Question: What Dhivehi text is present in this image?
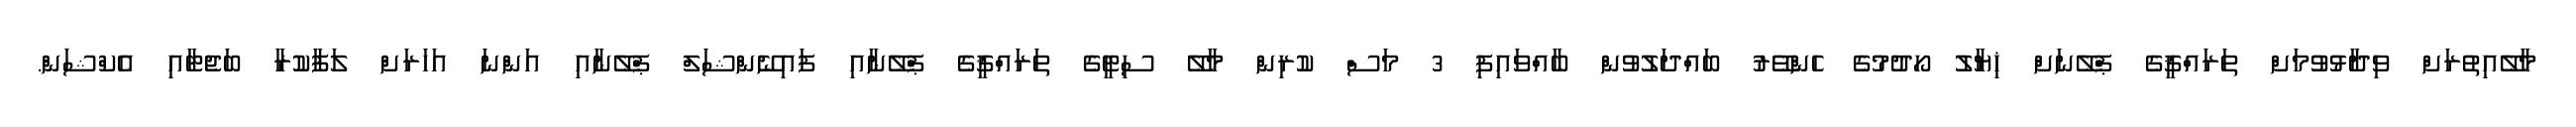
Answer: މާލޭއިތުރަށް ވިދާޅުވުމަށް ތަރައްޤީގެ ޕްލޭނަށް ޚިޔާލު ހޯދުމުގެ ހެންވޭރު ބައްދަލުވުން ބާއްވައިފި 3 މަސް ކުރިން މާލޭ ސިޓީގެ ތަރައްޤީގެ ޕްލޭނާއި ފައިނޭންޝަލް ޕްލޭނާއި އަންނަ އަހަރަށް ލަފާކުރާ ބަޖެޓާއި އެކްޝަން.